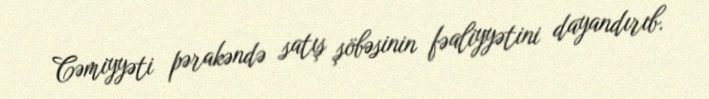
Cəmiyyəti pərakəndə satış şöbəsinin fəaliyyətini dayandırıb.